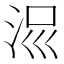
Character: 𣳧